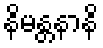
နိမန္တနာနိ